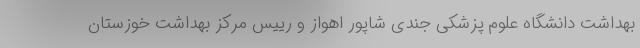
بهداشت دانشگاه علوم پزشکی جندی شاپور اهواز و رییس مرکز بهداشت خوزستان